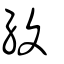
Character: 緮